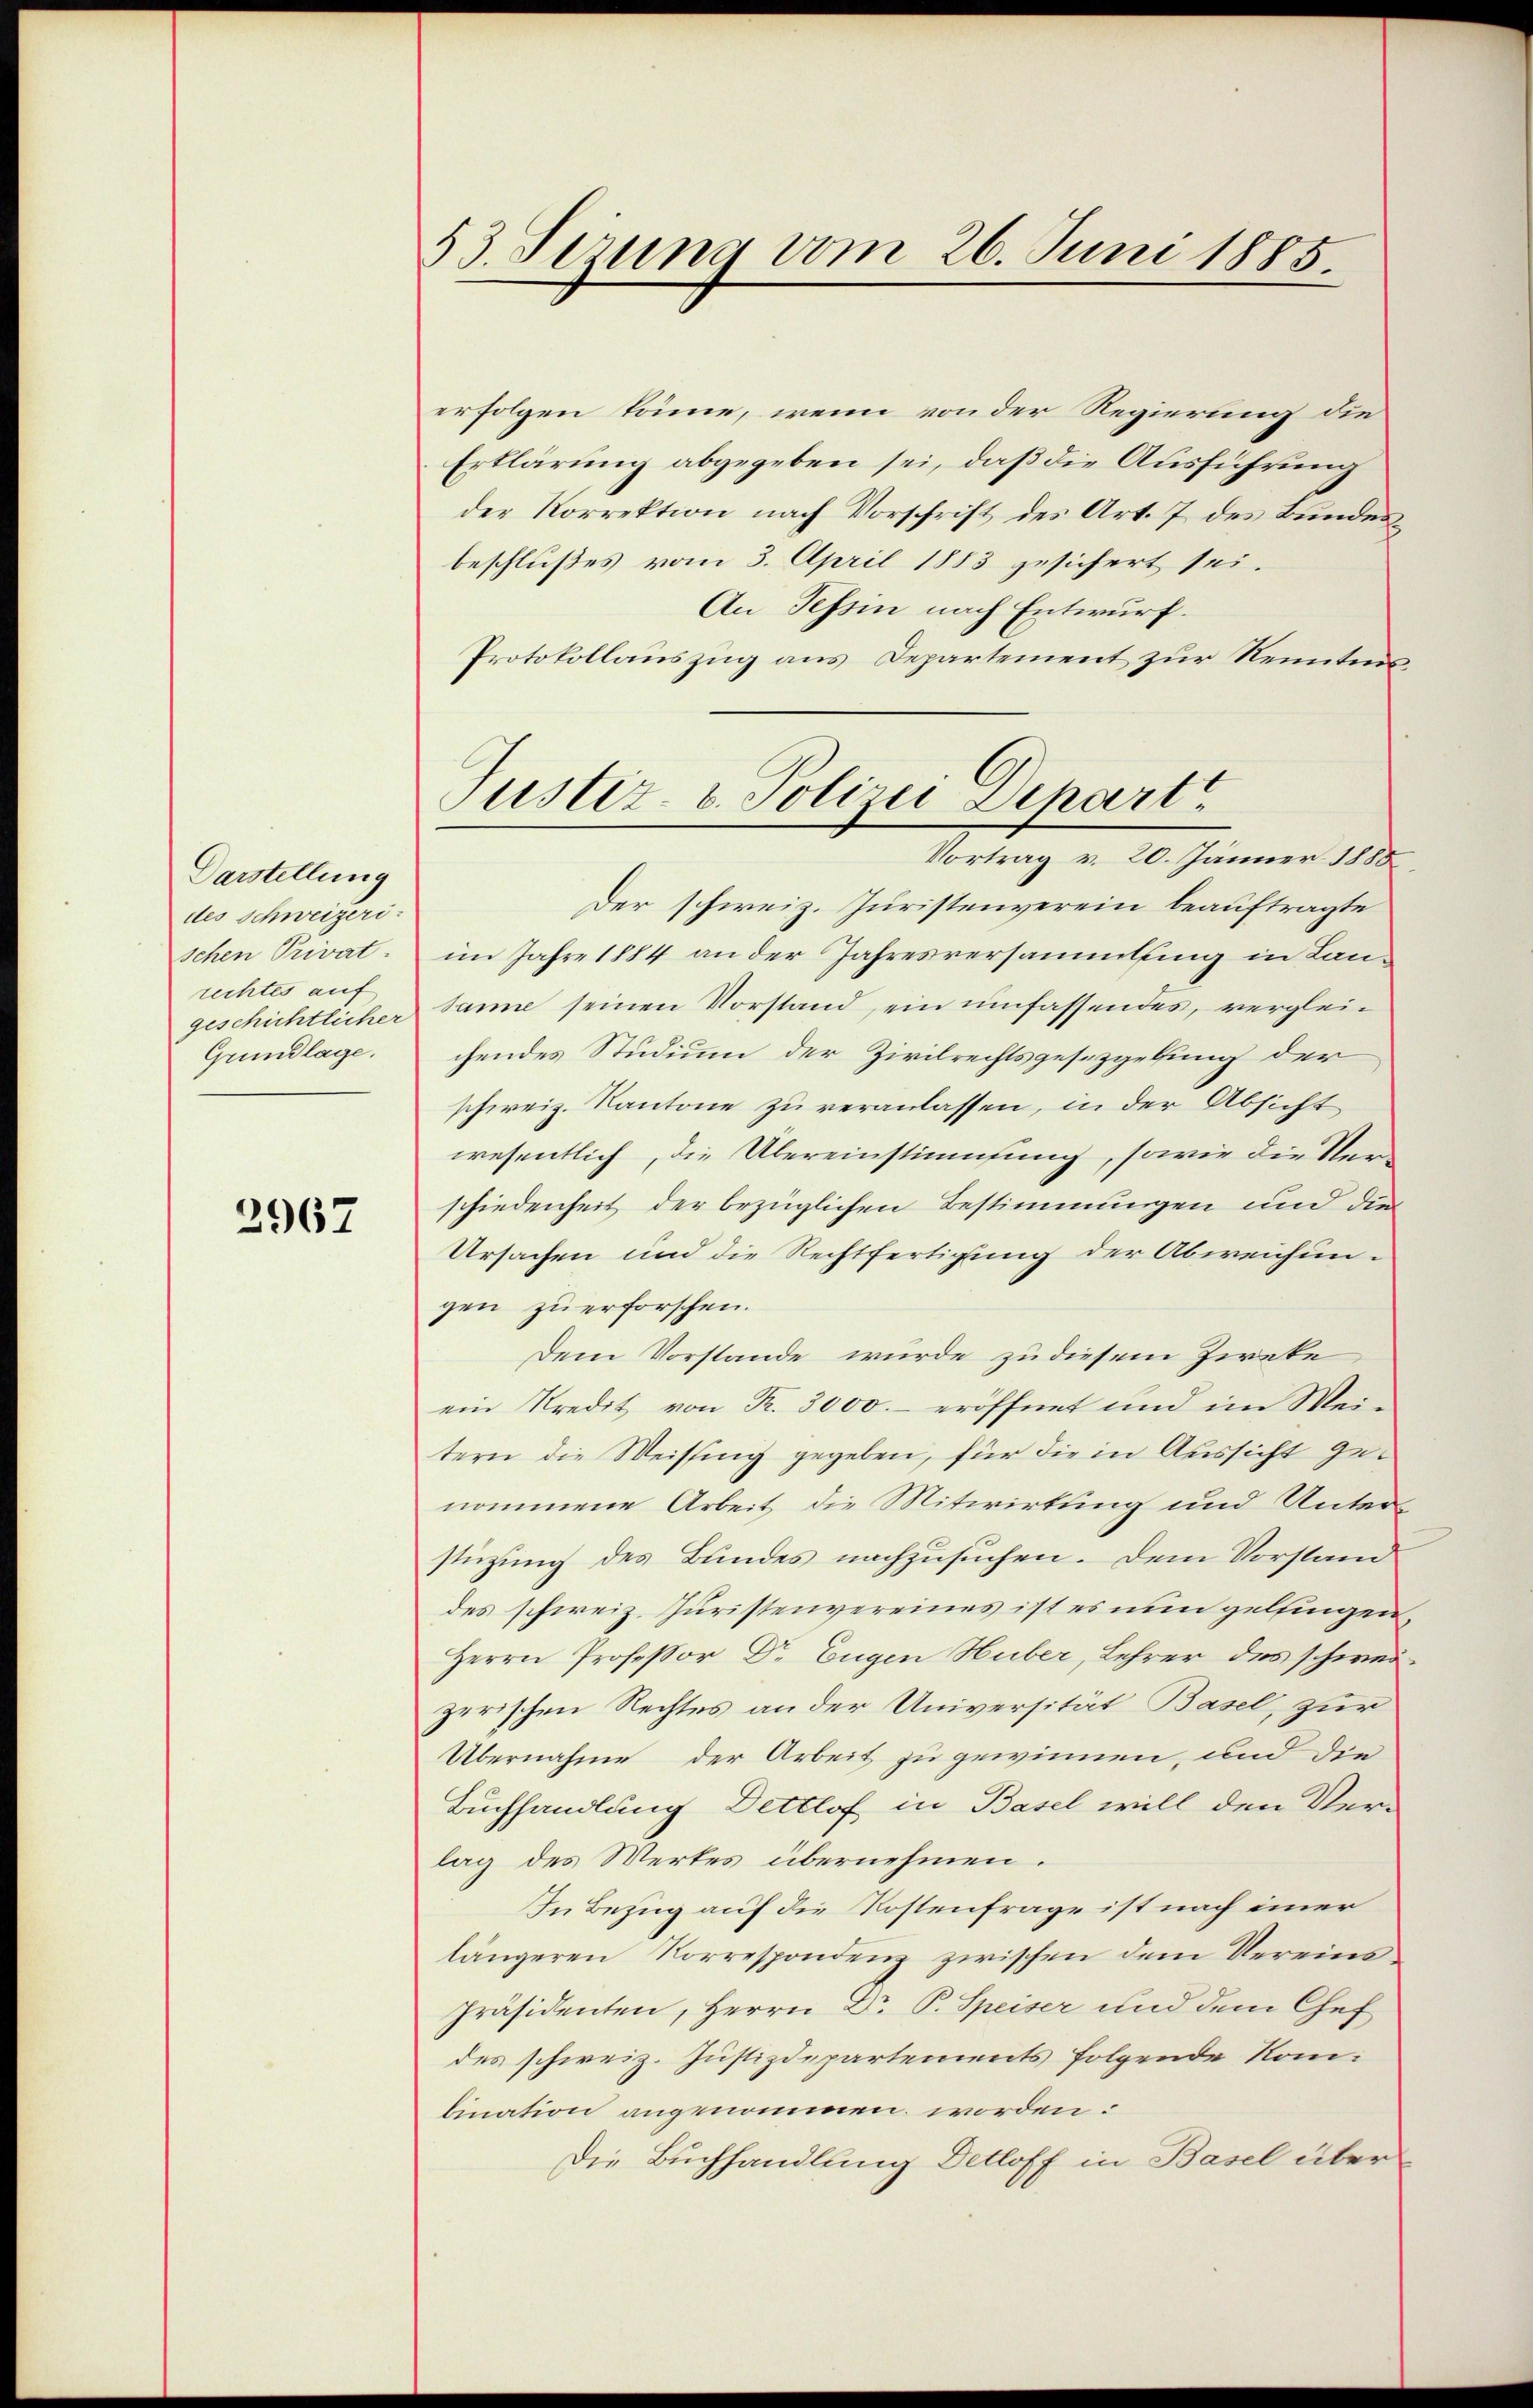
Darstellung
des Schweizeri
schen Privat
rechtes auf
Grundlage.

2967

53. Sizung vom 26. Juni 1885.

erfolgen könne, wenn von der Regierung die
Erklärung abgegeben sei, daß die Ausführung
der Korrektion nach Vorschrift des Art. 7 des Bundesbeschlußes vom 3. April 1883 gesichert sei.
An Tessin nach Entwurf.
Protokollauszug aus Departement zur Kenntnis¬
Der schweiz. Juristenverein beauftragte
im Jahre 1884 an der Jahresversammlung in Langeschichtlicher Janne seinen Vorstand, ein umfassendes, vergleichendes Studium der Zivilrechtsgesetzgelfung der
schweiz. Kantone zu veranlassen, in der Absicht
wesentlich, die Übereinstimmung, sowie die Verschiedenheit der bezüglichen Bestimmungen und die
Ursachen und die Rechtfertigung der Abweichungen zu erforschen.
Dem Vorstande wurde zu diesem Zweke
ein Kredit von Fr. 3000.- eröffnet und im Weitern die Weissung gegeben, für die in Aussicht genommene Arbeit die Mitwirkung und Unterstüzung des Bundes nachzusuchen. Dem Vorstand
des schweiz. Juristenvereines ist es nun gelfingen,
Herrn Professor Dr. Eugen Huber, Lehrer des schweizerischen Rechtes an der Universität Basel, zur
Übernahme der Arbeit zu gewinnen, und die
Buchhandlung Dettlof in Basel will den Ver-
lag des Werkes übernehmen.
In Bezug auf die Kostenfrage ist nach immer
längeren Korrespondenz zwischen dem Vereins
Präsidenten, Herrn Dr. P. Speiser und dem Chef
des schweiz. Justizdepartements folgende Kombination angenommen worden:
Die Buchhandlung Detloff in Basel über

Justiz- & Polizei Depart
Vortrag v. 20. Jänner 1885